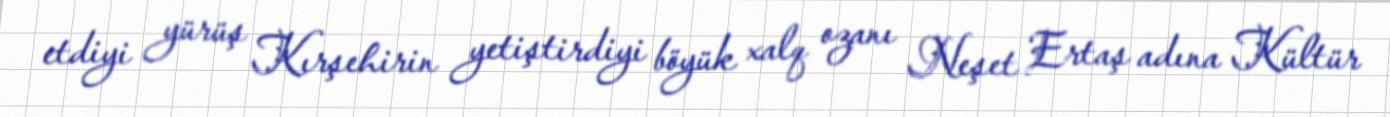
etdiyi yürüş Kırşehirin yetiştirdiyi böyük xalq ozanı Neşet Ertaş adına Kültür